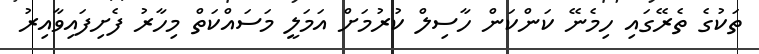
ތަކުގެ ތެރޭގައި ހިމެނޭ ކަންކަން ހާސިލް ކުރުމަށް އަމަލީ މަސައްކަތް މިހާރު ފެށިފައިވާއިރު